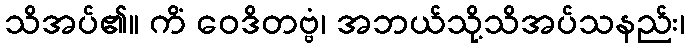
သိအပ်၏။ ကိံ ဝေဒိတဗ္ဗံ၊ အဘယ်သို့သိအပ်သနည်း၊